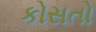
કોસતો